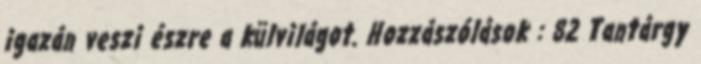
igazán veszi észre a külvilágot. Hozzászólások : 82 Tantárgy